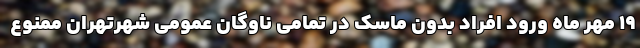
۱۹ مهر ماه ورود افراد بدون ماسک در تمامی ناوگان عمومی شهرتهران ممنوع